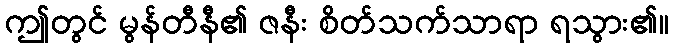
ဤတွင် မွန်တီနီ၏ ဇနီး စိတ်သက်သာရာ ရသွား၏။